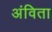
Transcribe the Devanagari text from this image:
अंविता